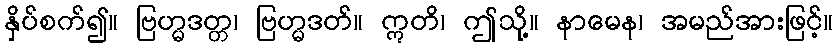
နှိပ်စက်၍။ ဗြဟ္မဒတ္တ၊ ဗြဟ္မဒတ်။ ဣတိ၊ ဤသို့။ နာမေန၊ အမည်အားဖြင့်။